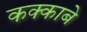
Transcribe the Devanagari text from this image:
कक्‍काबे